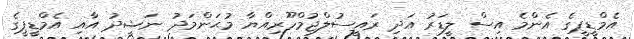
އެމްޑީޕީގެ އެންމެ އިސް ލީޑަރު އަދި ރައީސުލްޖުމްހޫރިއްޔާ މުޙަންމަދު ނަޝީދު އާއި އެމްޑީޕީގެ